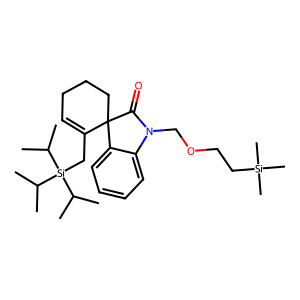
SMILES: CC(C)[Si](CC1=CCCCC12C(=O)N(COCC[Si](C)(C)C)c1ccccc12)(C(C)C)C(C)C
Inhibits HIV replication: No